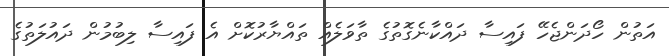
އަތުން ހޯދަންޖެހޭ ފައިސާ ދައްކާނެގޮތުގެ ތާވަލެއް ތައްޔާރުކޮށް އެ ފައިސާ ލިބުމުން ދައުލަތުގެ